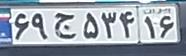
۶۹ج۵۳۴۱۶